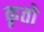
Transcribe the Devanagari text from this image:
कृतो